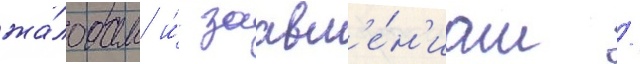
жа́лобам и́ заавл'е́н'иам /